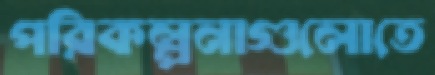
পরিকল্পনাগুলোতে